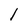
Character: l